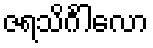
ဇရသိင်္ဂါလော